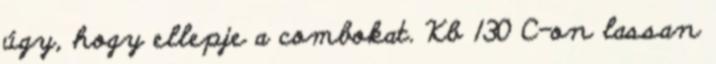
úgy, hogy ellepje a combokat. Kb 130 C-on lassan